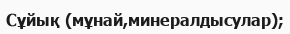
Сұйық (мұнай,минералдысулар);